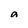
Character: a